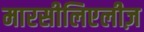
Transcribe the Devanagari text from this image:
मारसीलिएलीज़